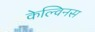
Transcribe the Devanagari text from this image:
केल्विनस